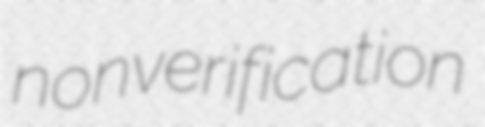
nonverification